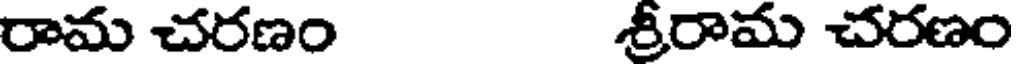
రామ చరణం శ్రీరామ చరణం